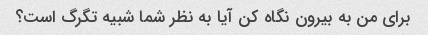
برای من به بیرون نگاه کن آیا به نظر شما شبیه تگرگ است؟